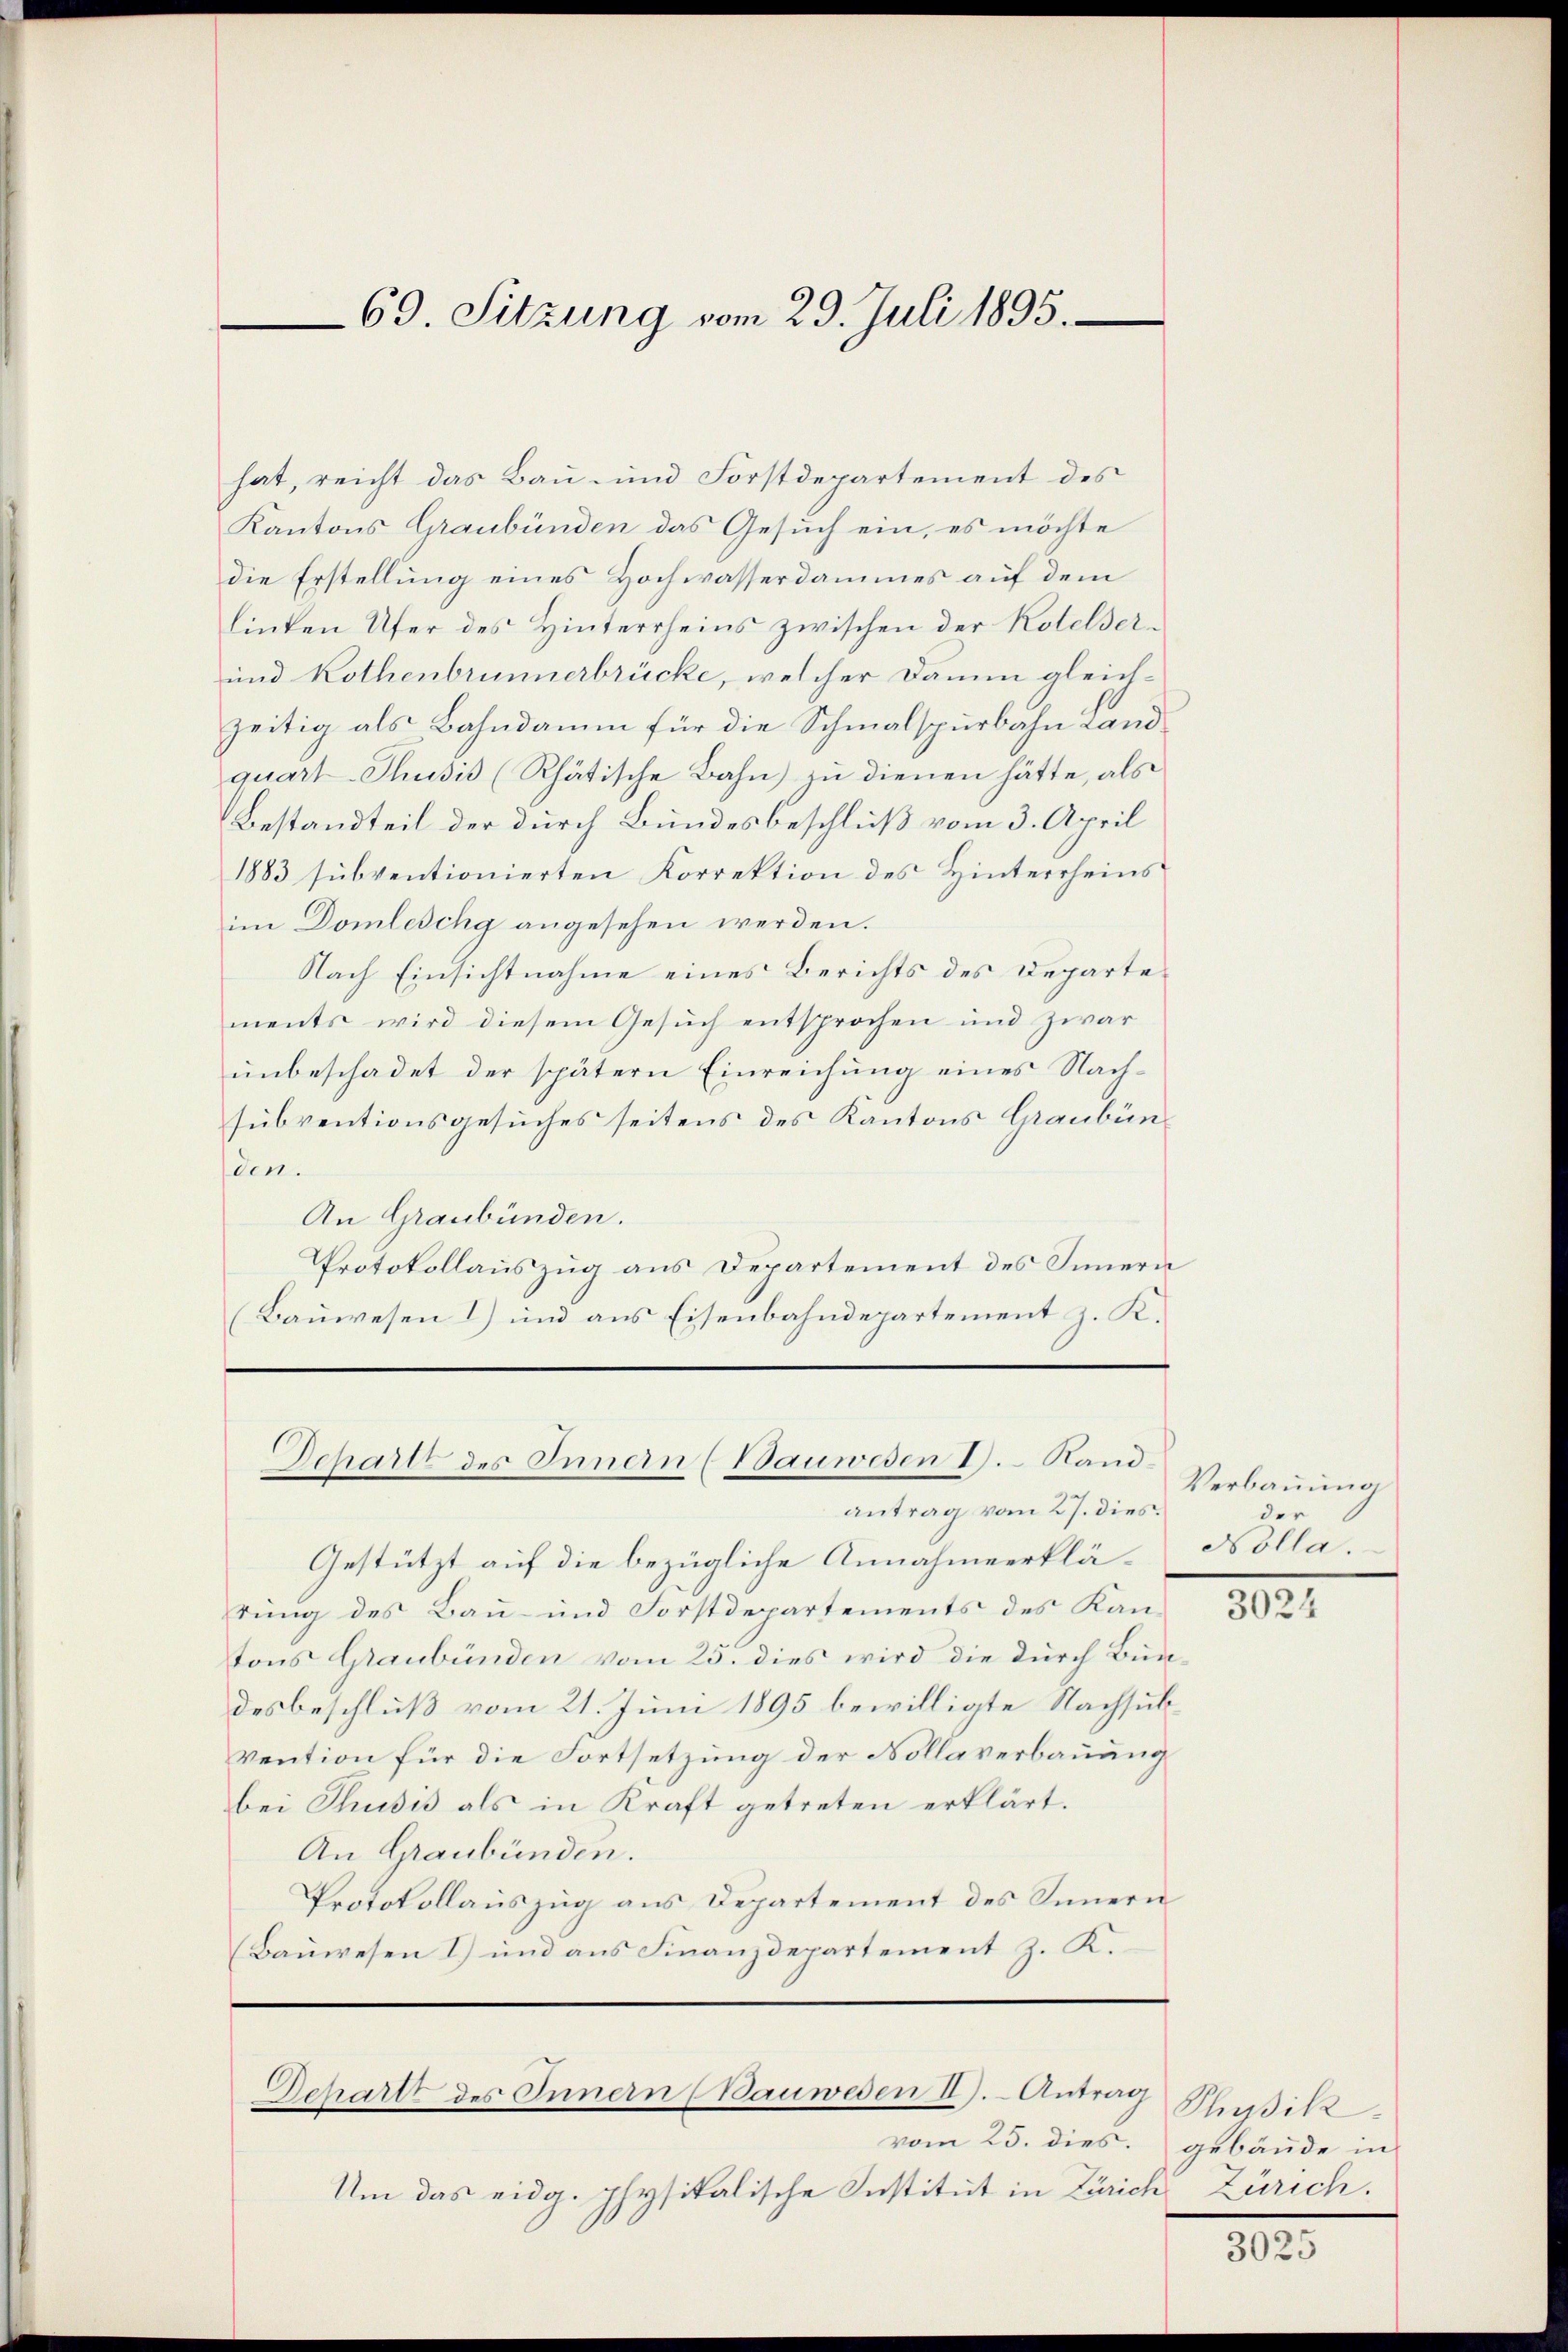
hat, reicht das Bau- und Forstdepartement des
Kantons Graubünden das Gesuch ein, es möchte
die Erstellung eines Hochwasserdammes auf dem
linten Ufer des Hinterrheins zwischen der Kotelser¬
und Rothenbrunnerbrücke, welcher Damen gleich-
zeitig als Bahndamm für die Schmalspurbahn Land
quart-Thusis (Rhätische Bahn) zu dienen hätte, als
Bestandteil der durch Bundesbeschluß vom 3. April
1883 subventionierten Korrektion des Hinterrheins
im Domlechg angesehen werden.
Nach Einsichtnahme eines Berichts des Departements wird diesem Gesuch entsprochen und zwar
unbeschadet der spätern Einreichung eines Nachsubventionsgesuches seitens des Kantons Graubünden.
An Graubünden.
Protokollauszug aus Departement des Innern
Bauwesen 1) und aus Eisenbahndepartement z. K.

69. Sitzung vom 29. Juli 1895.

Schartt des Innern (Bauwesen I. Rand¬

antrag vom 27. dies
Gestützt auf die bezügliche Annahmeerklä- Nollarung des Bau- und Forstdepartements des Kantons Graubünden vom 23. dies wird die durch Bündesbeschluß vom 21. Juni 1895 bewilligte Nachsubvention für die Fortsetzung der Dollaverbauung
bei Thusis als in Kraft getreten erklärt.
An Graubünden.
Protokollauszug aus Departement des Innern
(Bauwesen I) und aus Finanzdepartement z. K.

chartt des Innern (Bauwesen II). Antrag

vom 25. dies.
Um das eidg. physikalische Institut in Zürich Zürich.

Verbauung
der

3024

Physik.
gebäude in

3025